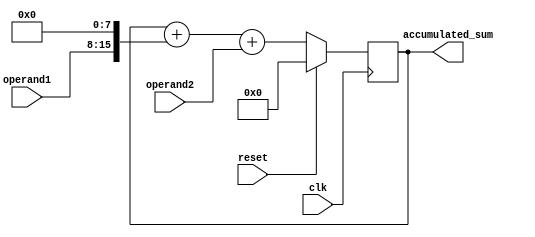
module FixedPointAccumulator(
    input wire clk,
    input wire reset,
    input wire [N-1:0] operand1,
    input wire [N-1:0] operand2,
    output reg [N+N-1:0] accumulated_sum
);

parameter N = 8; // Number of bits for integer and fractional parts

reg [N+N-1:0] sum_reg;

always @(posedge clk) begin
    if(reset) begin
        sum_reg <= 0;
    end else begin
        sum_reg <= sum_reg + (operand1 << N) + operand2;
    end
end

assign accumulated_sum = sum_reg;

endmodule